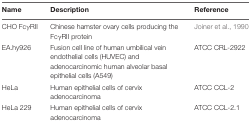
| Name | Description | Reference |
 | --- | --- | --- |
 | CHO FcγRII | Chinese hamster ovary cells producing the FcγRII protein | Joiner et al., 1990 |
 | EA.hy926 | Fusion cell line of human umbilical vein endothelial cells (HUVEC) and adenocarcinomic human alveolar basal epithelial cells (A549) | ATCC CRL-2922 |
 | HeLa | Human epithelial cells of cervix adenocarcinoma | ATCC CCL-2 |
 | HeLa 229 | Human epithelial cells of cervix adenocarcinoma | ATCC CCL-2.1 |